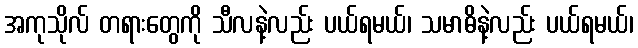
အကုသိုလ် တရားတွေကို သီလနဲ့လည်း ပယ်ရမယ်၊ သမာဓိနဲ့လည်း ပယ်ရမယ်၊